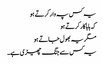
یہ کس پہ وار کرتے ہو
کہ ہاہاکار کرتے ہو
مگر یہ بھول جاتے ہو
یہ کس سے جنگ چھیڑی ہے۔